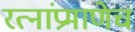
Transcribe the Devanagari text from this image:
रत्‍नांप्रमाणेच